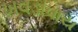
ખવડાવાય